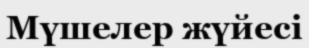
Мүшелер жүйесі